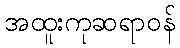
အထူးကုဆရာဝန်